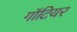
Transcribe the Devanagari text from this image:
गॉटियर